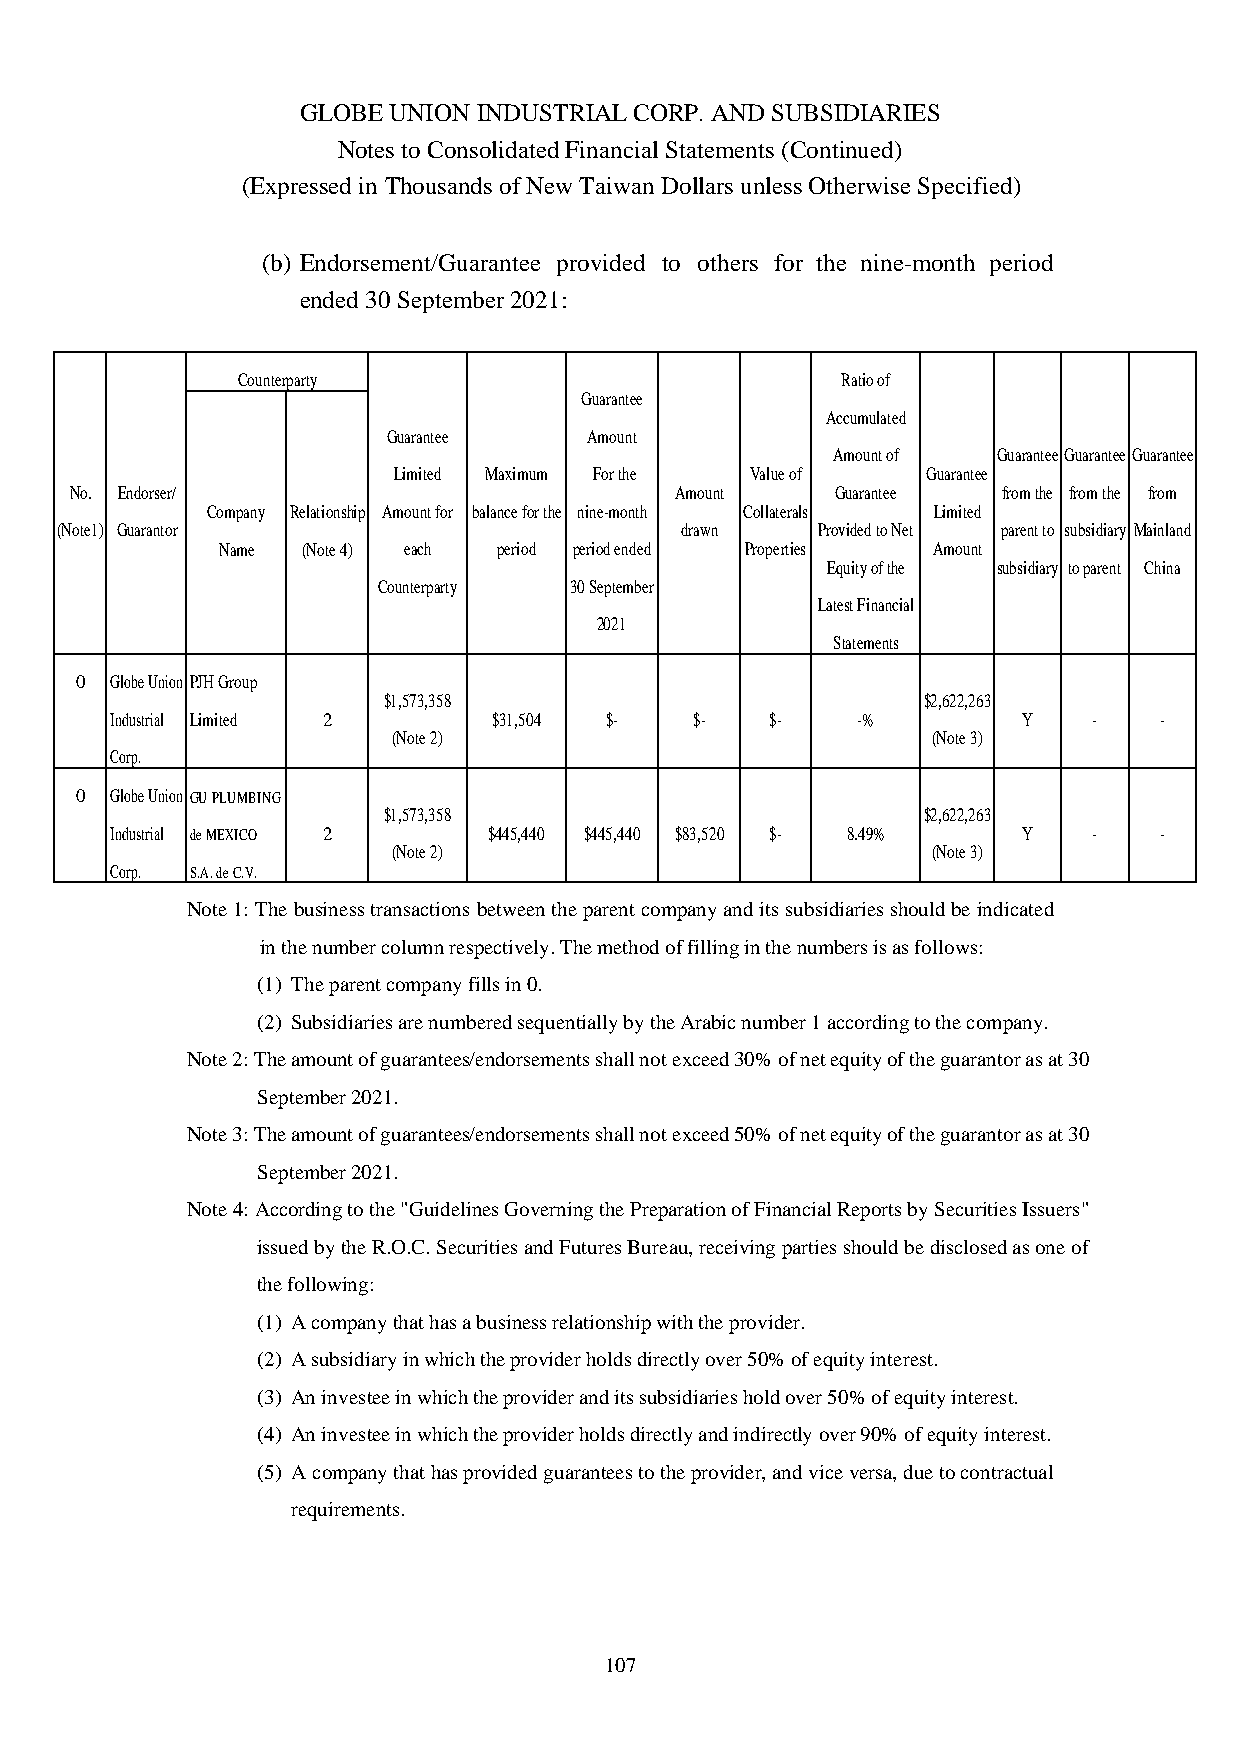
GLOBE UNION INDUSTRIAL CORP. AND SUBSIDIARIES
 Notes to Consolidated Financial Statements (Continued)
 (Expressed in Thousands of New Taiwan Dollars unless Otherwise Specified)
 (b) Endorsement/Guarantee provided to others for the nine-month period
 ended 30 September 2021:
 Counterparty                            Ratio of
 Guarantee
 Accumulated
 Guarantee    Amount
 Amount of  GuaranteeGuaranteeGuarantee
 Limited Maximum For the Value of   Guarantee
 No. Endorser/                           Amount    Guarantee  from the from the from
 Company Relationship Amount for balance for the nine-month Collaterals Limited
 (Note1) Guarantor                        drawn    Provided to Net parent to subsidiary Mainland
 Name  (Note 4) each period period ended Properties Amount
 Equity of the subsidiary to parent China
 Counterparty 30 September
 Latest Financial
 2021
 Statements
 0 Globe Union PJH Group
 $1,573,358                          $2,622,263
 Industrial Limited 2      $31,504 $-   $-   $-    -%         Y   -    -
 (Note 2)                            (Note 3)
 Corp.
 0 Globe Union GU PLUMBING
 $1,573,358                          $2,622,263
 Industrial de MEXICO 2   $445,440 $445,440 $83,520 $- 8.49%  Y   -    -
 (Note 2)                            (Note 3)
 Corp. S.A.deC.V.
 Note 1: The business transactions between the parent company and its subsidiaries should be indicated
 in the number column respectively. The method of filling in the numbers is as follows:
 (1) The parent company fills in 0.
 (2) Subsidiaries are numbered sequentially by the Arabic number 1 according to the company.
 Note 2: The amount of guarantees/endorsements shall not exceed 30% of net equity of the guarantor as at 30
 September 2021.
 Note 3: The amount of guarantees/endorsements shall not exceed 50% of net equity of the guarantor as at 30
 September 2021.
 Note 4: According to the "Guidelines Governing the Preparation of Financial Reports by Securities Issuers"
 issued by the R.O.C. Securities and Futures Bureau, receiving parties should be disclosed as one of
 the following:
 (1) A company that has a business relationship with the provider.
 (2) A subsidiary in which the provider holds directly over 50% of equity interest.
 (3) An investee in which the provider and its subsidiaries hold over 50% of equity interest.
 (4) An investee in which the provider holds directly and indirectly over 90% of equity interest.
 (5) A company that has provided guarantees to the provider, and vice versa, due to contractual
 requirements.
 107